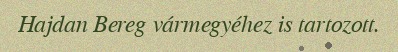
Hajdan Bereg vármegyéhez is tartozott.